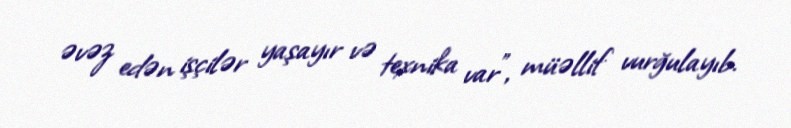
əvəz edən işçilər yaşayır və texnika var”, müəllif vurğulayıb.